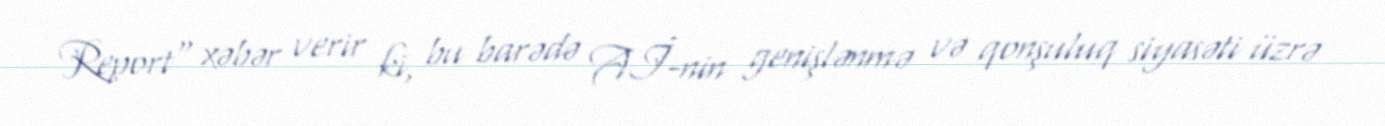
Report" xəbər verir ki, bu barədə Aİ-nin genişlənmə və qonşuluq siyasəti üzrə